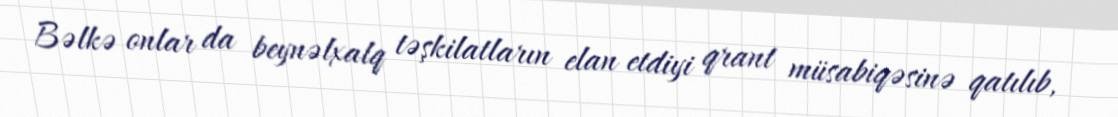
Bəlkə onlar da beynəlxalq təşkilatların elan etdiyi qrant müsabiqəsinə qatılıb,